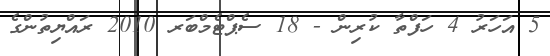
5 އަހަރު 4 ހަފްތާ ކުރިން - 18 ސެޕްޓެމްބަރ 2010 ރައްޔިތުންގެ